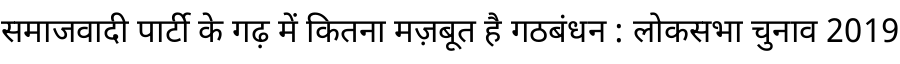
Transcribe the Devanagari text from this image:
समाजवादी पार्टी के गढ़ में कितना मज़बूत है गठबंधन : लोकसभा चुनाव 2019